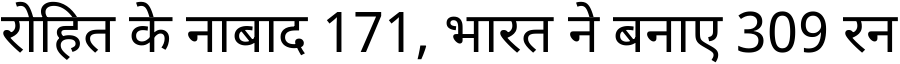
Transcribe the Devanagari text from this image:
रोहित के नाबाद 171, भारत ने बनाए 309 रन